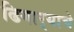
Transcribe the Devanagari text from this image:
ढिगार्‍याचे